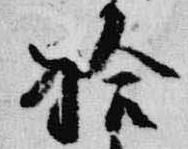
拾